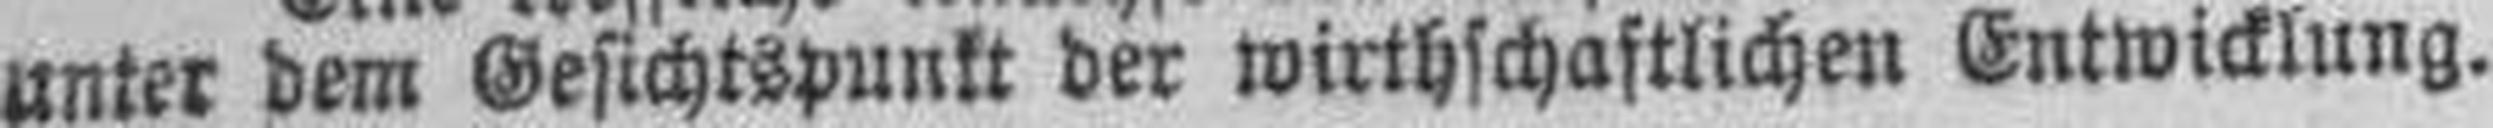
unter dem Gesichtspunkt der wirthschaftlichen Entwicklung.